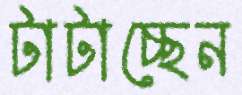
টাটাচ্ছেন